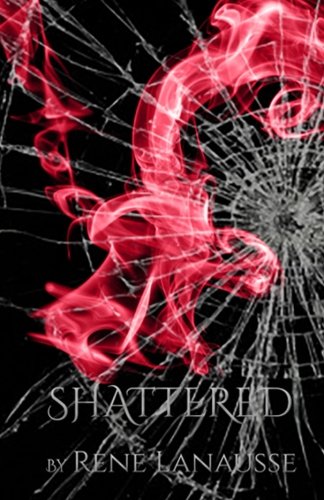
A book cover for Shattered (the Spellbound Series) (Volume 2); Rene Lanausse; Science Fiction & Fantasy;